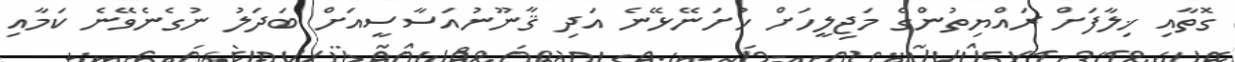
ގޮތާއި ޚިލާފަށް ރައްޔިތުންގެ މަޖިލީހަށް ހުށަނޭޅޭނެ އަދި ޤާނޫނުއަސާސީއަށް ބަދަލު ނުގެނެވޭނެ ކަމާއި